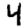
Digit: 4